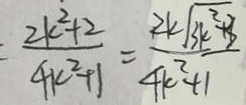
\frac { 2 k ^ { 2 } + 2 } { 4 k ^ { 2 } + 1 } = \frac { 2 k \sqrt { 3 k ^ { 2 } + 3 } } { 4 k ^ { 2 } + 1 }